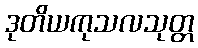
ဒုတိယကုသလသုတ္တ